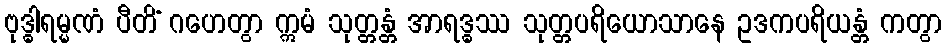
ဗုဒ္ဓါရမ္မဏံ ပီတိံ ဂဟေတွာ ဣမံ သုတ္တန္တံ အာရဒ္ဓဿ သုတ္တပရိယောသာနေ ဥဒကပရိယန္တံ ကတွာ